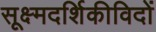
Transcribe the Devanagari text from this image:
सूक्ष्मदर्शिकीविदों